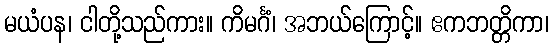
မယံပန၊ ငါတို့သည်ကား။ ကိမင်္ဂံ၊ အဘယ်ကြောင့်။ ဧကဘတ္တိကာ၊